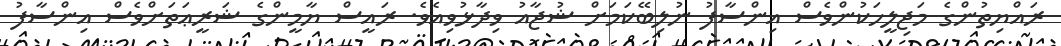
ރައްޔިތުންގެ މަޖިލީހަކުންވެސް އިންސާފު ނުލިބޭކަމަށް ޝުޖާއު ވިދާޅުވިއެވެ. ރައީސް ޔާމީންގެ ޝަރީޢަތަށްވެސް އިންސާފު